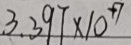
3 . 3 9 7 \times 1 0 ^ { + 7 }